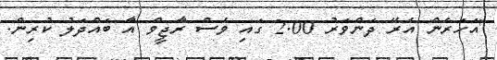
"އަހަރެން އެރޭ ދަންވަރު 2.00 ގައި ވެސް ރާޖީވް އާ ބައްދަލު ކުރިން.